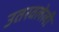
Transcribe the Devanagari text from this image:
उतरवलेली